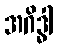
အဂိဒ္ဓါ